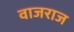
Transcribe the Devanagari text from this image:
वाजराज